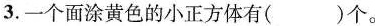
3.一个面涂黄色的小正方体有( )个。